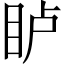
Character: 𪾦